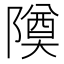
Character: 𬯚